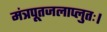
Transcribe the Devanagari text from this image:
मंत्रपूतजलाप्लुतः।